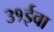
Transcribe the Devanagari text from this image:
३१ईवा